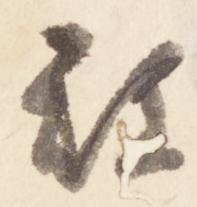
被